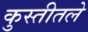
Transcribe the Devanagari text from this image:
कुस्तीतले